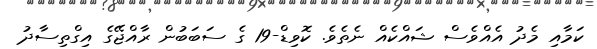
ކަމާއި މެދު އެއްވެސް ޝައްކެއް ނެތެވެ. ކޮވިޑް-19 ގެ ސަބަބުން ރާއްޖޭގެ އިގްތިސާދު